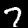
Digit: 7